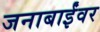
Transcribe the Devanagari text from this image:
जनाबाईंवर